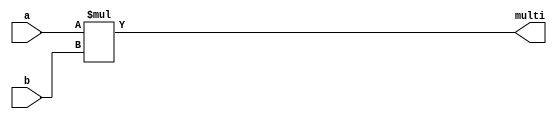
/*
   This file was generated automatically by the Mojo IDE version B1.3.3.
   Do not edit this file directly. Instead edit the original Lucid source.
   This is a temporary file and any changes made to it will be destroyed.
*/

module multiplier_18 (
    input [7:0] a,
    input [7:0] b,
    output reg [7:0] multi
  );
  
  
  
  reg [15:0] operand;
  
  always @* begin
    operand[0+15-:16] = a * b;
    multi[0+7-:8] = operand[0+7-:8];
  end
endmodule